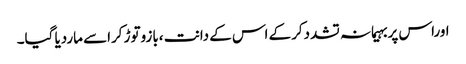
اوراس پربہیمانہ تشددکرکے اس کے دانت ،بازوتوڑ کراسے ماردیا گیا۔